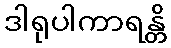
ဒါရုပါကာရန္တိ